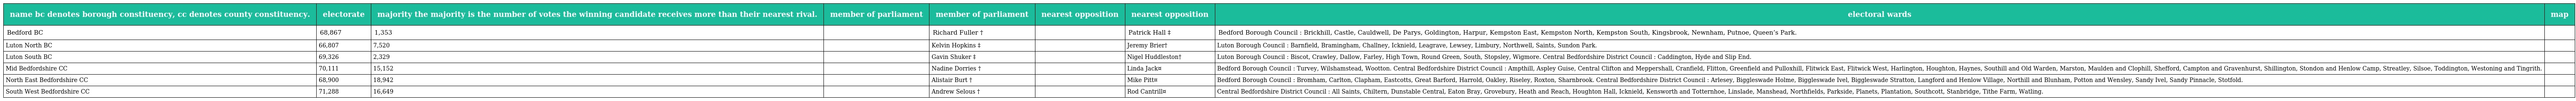
| name bc denotes borough constituency, cc denotes county constituency. | electorate | majority the majority is the number of votes the winning candidate receives more than their nearest rival. | member of parliament | member of parliament | nearest opposition | nearest opposition | electoral wards | map |
 | --- | --- | --- | --- | --- | --- | --- | --- | --- |
 | Bedford BC | 68,867 | 1,353 |  | Richard Fuller † |  | Patrick Hall ‡ | Bedford Borough Council : Brickhill, Castle, Cauldwell, De Parys, Goldington, Harpur, Kempston East, Kempston North, Kempston South, Kingsbrook, Newnham, Putnoe, Queen’s Park. |  |
 | Luton North BC | 66,807 | 7,520 |  | Kelvin Hopkins ‡ |  | Jeremy Brier† | Luton Borough Council : Barnfield, Bramingham, Challney, Icknield, Leagrave, Lewsey, Limbury, Northwell, Saints, Sundon Park. |  |
 | Luton South BC | 69,326 | 2,329 |  | Gavin Shuker ‡ |  | Nigel Huddleston† | Luton Borough Council : Biscot, Crawley, Dallow, Farley, High Town, Round Green, South, Stopsley, Wigmore. Central Bedfordshire District Council : Caddington, Hyde and Slip End. |  |
 | Mid Bedfordshire CC | 70,111 | 15,152 |  | Nadine Dorries † |  | Linda Jack¤ | Bedford Borough Council : Turvey, Wilshamstead, Wootton. Central Bedfordshire District Council : Ampthill, Aspley Guise, Central Clifton and Meppershall, Cranfield, Flitton, Greenfield and Pulloxhill, Flitwick East, Flitwick West, Harlington, Houghton, Haynes, Southill and Old Warden, Marston, Maulden and Clophill, Shefford, Campton and Gravenhurst, Shillington, Stondon and Henlow Camp, Streatley, Silsoe, Toddington, Westoning and Tingrith. |  |
 | North East Bedfordshire CC | 68,900 | 18,942 |  | Alistair Burt † |  | Mike Pitt¤ | Bedford Borough Council : Bromham, Carlton, Clapham, Eastcotts, Great Barford, Harrold, Oakley, Riseley, Roxton, Sharnbrook. Central Bedfordshire District Council : Arlesey, Biggleswade Holme, Biggleswade Ivel, Biggleswade Stratton, Langford and Henlow Village, Northill and Blunham, Potton and Wensley, Sandy Ivel, Sandy Pinnacle, Stotfold. |  |
 | South West Bedfordshire CC | 71,288 | 16,649 |  | Andrew Selous † |  | Rod Cantrill¤ | Central Bedfordshire District Council : All Saints, Chiltern, Dunstable Central, Eaton Bray, Grovebury, Heath and Reach, Houghton Hall, Icknield, Kensworth and Totternhoe, Linslade, Manshead, Northfields, Parkside, Planets, Plantation, Southcott, Stanbridge, Tithe Farm, Watling. |  |